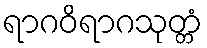
ရာဂဝိရာဂသုတ္တံ